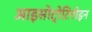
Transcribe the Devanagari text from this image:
आइसोट्रेटिनोइन